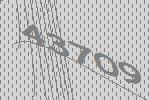
43709